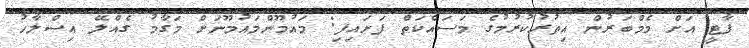
ޕާޓީ އަށް މެމްބަރުން އިތުރުކުރުމުގެ މަސައްކަތް ފަށައިފި: މައުމޫންމައުމޫނަށް މަގާމު ގެއްލޭ އިސްލާހު